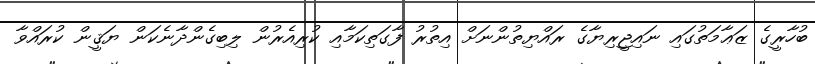
ބުހާރީގެ ޒަޢާމަތުގައި ނައިޖީރިޔާގެ ރައްޔިތުންނަށް އިތުރު ފާގަތިކަމާއި ކުރިއެރުން ލިބިގެންދާނެކަން ޔަޤީން ކުރައްވާ